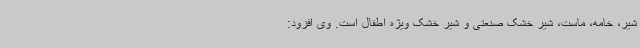
شیر، خامه، ماست، شیر خشک صنعتی و شیر خشک ویژه اطفال است. وی افزود: